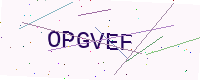
Text: OPGVEF